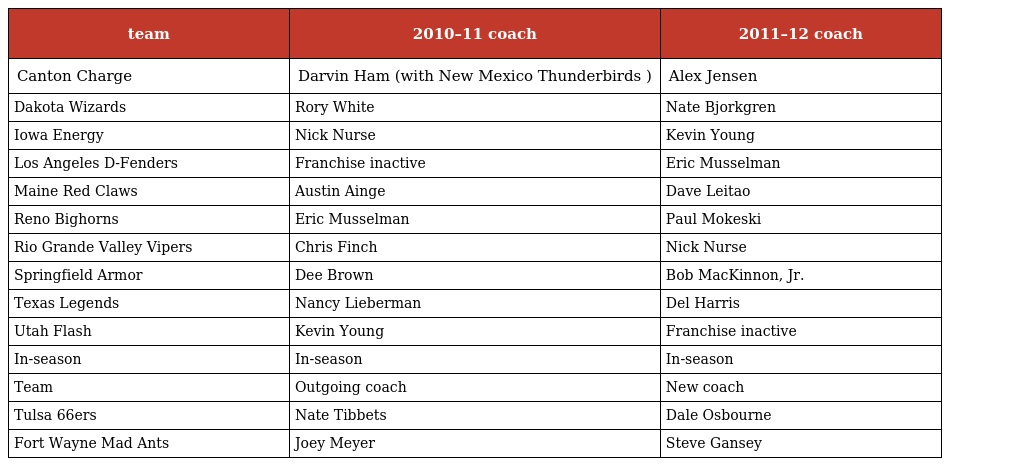
| team | 2010–11 coach | 2011–12 coach |
 | --- | --- | --- |
 | Canton Charge | Darvin Ham (with New Mexico Thunderbirds ) | Alex Jensen |
 | Dakota Wizards | Rory White | Nate Bjorkgren |
 | Iowa Energy | Nick Nurse | Kevin Young |
 | Los Angeles D-Fenders | Franchise inactive | Eric Musselman |
 | Maine Red Claws | Austin Ainge | Dave Leitao |
 | Reno Bighorns | Eric Musselman | Paul Mokeski |
 | Rio Grande Valley Vipers | Chris Finch | Nick Nurse |
 | Springfield Armor | Dee Brown | Bob MacKinnon, Jr. |
 | Texas Legends | Nancy Lieberman | Del Harris |
 | Utah Flash | Kevin Young | Franchise inactive |
 | In-season | In-season | In-season |
 | Team | Outgoing coach | New coach |
 | Tulsa 66ers | Nate Tibbets | Dale Osbourne |
 | Fort Wayne Mad Ants | Joey Meyer | Steve Gansey |